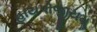
હાયપોજીયમૢ